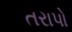
તરાપો